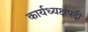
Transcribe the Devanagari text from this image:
कार्यध्यक्षपदी